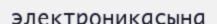
электроникасына